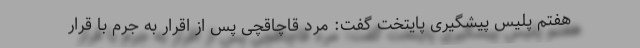
هفتم پلیس پیشگیری پایتخت گفت: مرد قاچاقچی پس از اقرار به جرم با قرار